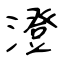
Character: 澄